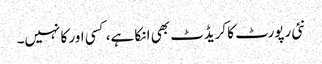
نئی رپورٹ کا کریڈٹ بھی ا نکا ہے، کسی اور کا نہیں۔